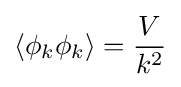
\left\langle \phi _{k}\phi _{k}\right\rangle ={\frac {V}{k^{2}}}